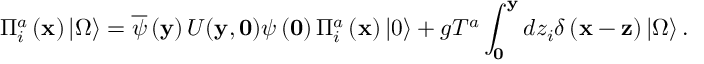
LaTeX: \Pi _ { i } ^ { a } \left( { \bf x } \right) \left| \Omega \right\rangle = \overline { { \psi } } \left( { \bf y } \right) U ( { \bf y } , { \bf 0 } ) \psi \left( { \bf 0 } \right) \Pi _ { i } ^ { a } \left( { \bf x } \right) \left| 0 \right\rangle + g T ^ { a } \int _ { \bf 0 } ^ { \bf y } { d z _ { i } } \delta \left( { { \bf x } - { \bf z } } \right) \left| \Omega \right\rangle .